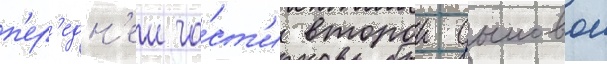
п'ер'едн'еи ча́ст'и второи дымовои